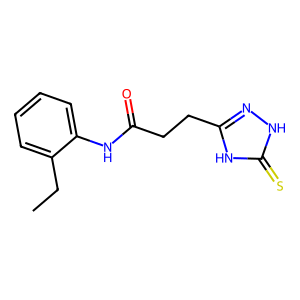
SMILES: CCc1ccccc1NC(=O)CCc1n[nH]c(=S)[nH]1
Inhibits HIV replication: No